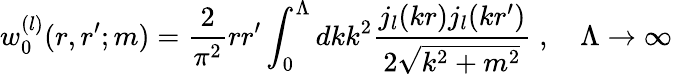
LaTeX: w_{0}^{(l)}(r,r^{\prime};m)=\frac 2{\pi^{2}}rr^{\prime}\int_{0}^{\Lambda}dkk^{2}\frac{j_{l}(kr)j_{l}(kr^{\prime})}{2\sqrt{k^{2}+m^{2}}}\; ,\quad\Lambda\to\infty